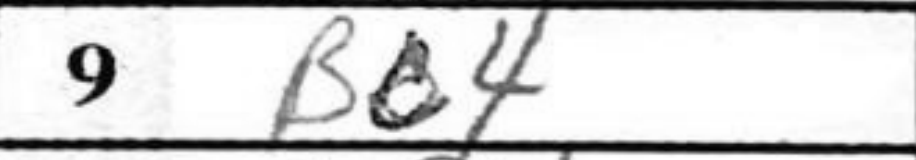
Transcription: Bc4